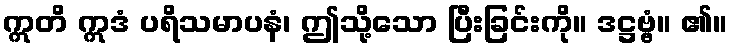
ဣတိ ဣဒံ ပရိသမာပနံ၊ ဤသို့သော ပြီးခြင်းကို။ ဒဋ္ဌဗ္ဗံ။ ၏။